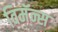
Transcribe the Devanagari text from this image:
विमॅन्स